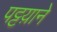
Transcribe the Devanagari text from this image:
पट्टय़ाने